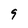
Character: 9